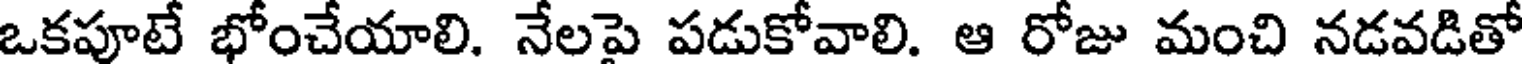
ఒకపూటే భోంచేయాలి. నేలపై పడుకోవాలి. ఆ రోజు మంచి నడవడితో